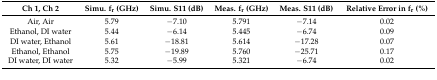
| Ch 1, Ch 2 | Simu. fr (GHz) | Simu. S11 (dB) | Meas. fr (GHz) | Meas. S11 (dB) | Relative Error in fr (%) |
 | --- | --- | --- | --- | --- | --- |
 | Air, Air | 5.79 | −7.10 | 5.791 | −7.14 | 0.02 |
 | Ethanol, DI water | 5.44 | −6.14 | 5.445 | −6.74 | 0.09 |
 | DI water, Ethanol | 5.61 | −18.81 | 5.614 | −17.28 | 0.07 |
 | Ethanol, Ethanol | 5.75 | −19.89 | 5.760 | −25.71 | 0.17 |
 | DI water, DI water | 5.32 | −5.99 | 5.321 | −6.74 | 0.02 |